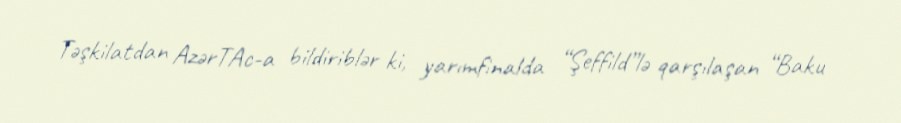
Təşkilatdan AzərTAc-a bildiriblər ki, yarımfinalda “Şeffild”lə qarşılaşan “Baku